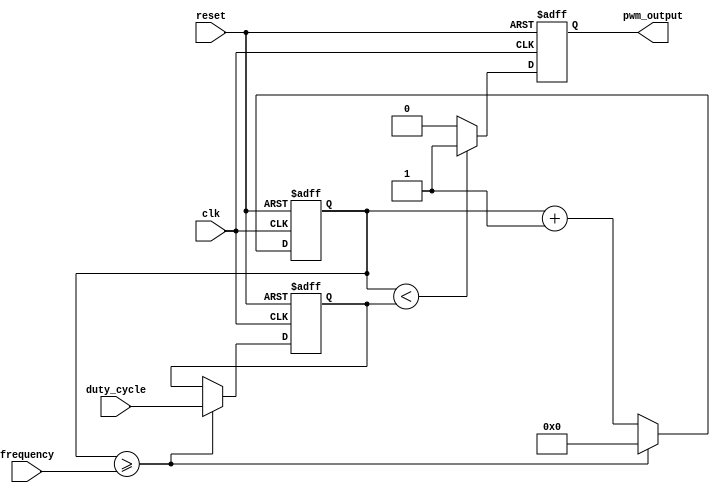
module pwm_timer (
    input wire clk,
    input wire reset,
    input wire [7:0] duty_cycle,
    input wire [15:0] frequency,
    output reg pwm_output
);

reg [15:0] counter;
reg [7:0] duty_cycle_reg;

always @(posedge clk or posedge reset) begin
    if (reset) begin
        counter <= 16'b0;
        duty_cycle_reg <= 8'b0;
        pwm_output <= 1'b0;
    end else begin
        counter <= counter + 1;
        
        if (counter >= frequency) begin
            counter <= 16'b0;
            duty_cycle_reg <= duty_cycle;
        end
        
        if (counter < duty_cycle_reg) begin
            pwm_output <= 1'b1;
        end else begin
            pwm_output <= 1'b0;
        end
    end
end

endmodule